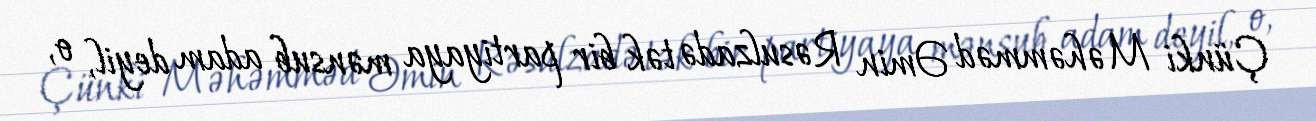
Çünki Məhəmməd Əmin Rəsulzadə tək bir partiyaya mənsub adam deyil, o,